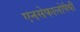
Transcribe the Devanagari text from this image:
एनसेफालोपैथी